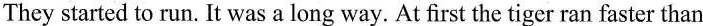
They started to run. It was a long way. At first the tiger ran faster than